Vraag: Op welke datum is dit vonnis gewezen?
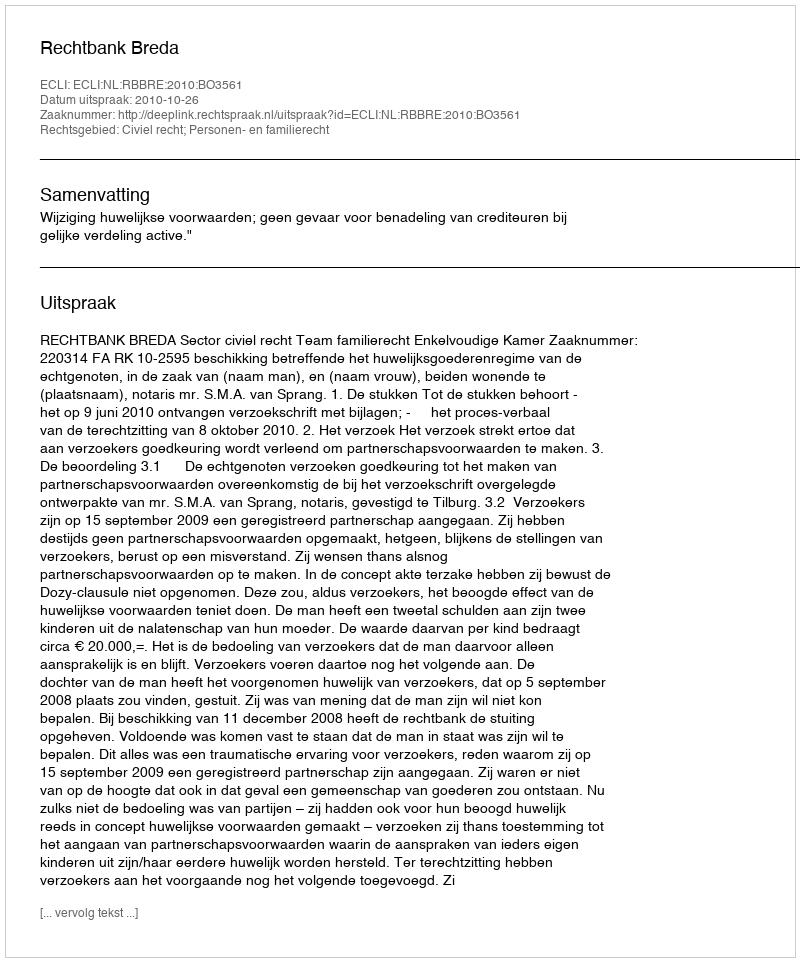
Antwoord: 2010-10-26